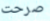
صرحت